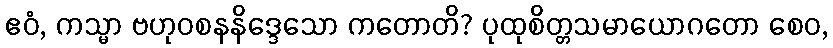
ဧဝံ, ကသ္မာ ဗဟုဝစနနိဒ္ဒေသော ကတောတိ? ပုထုစိတ္တသမာယောဂတော စေဝ,